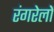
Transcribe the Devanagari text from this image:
रंगरेलों